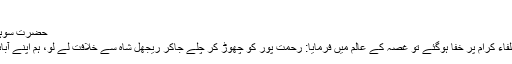
انشاء اللہ
حضرت سوہنا سائیں علیہ الرحمۃ سے پیار
ایک مرتبہ آپ کسی بات پر خلفاء کرام پر خفا ہوگئے تو غصہ کے عالم میں فرمایا: رحمت پور کو چھوڑ کر چلے جاکر ریجھل شاہ سے خلافت لے لو، ہم اپنے آبائی گاؤں وطن چلے جاتے ہیں۔